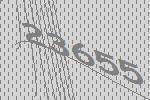
23655